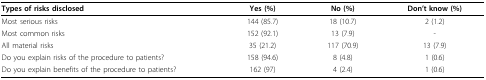
| Types of risks disclosed | Yes (%) | No (%) | Don't know (%) |
 | --- | --- | --- | --- |
 | Most serious risks | 144 (85.7) | 18 (10.7) | 2 (1.2) |
 | Most common risks | 152 (92.1) | 13 (7.9) | - |
 | All material risks | 35 (21.2) | 117 (70.9) | 13 (7.9) |
 | Do you explain risks of the procedure to patients? | 158 (94.6) | 8 (4.8) | 1 (0.6) |
 | Do you explain benefits of the procedure to patients? | 162 (97) | 4 (2.4) | 1 (0.6) |